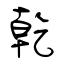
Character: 乾